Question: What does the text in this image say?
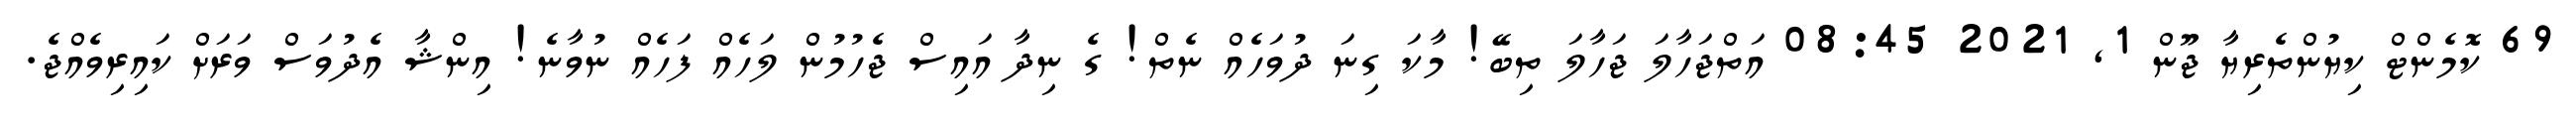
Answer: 69 ކޮމެންޓް ކިޔުންތެރިޔާ ޖޫން 1, 2021 08:45 އަތްޖަހާލަ ޖަހާލަ ތިބޭ! މާކަ ގިނަ ދުވަހެއް ނެތް! ގެ ނިދާ އައިސް ޖެހުމުން ލަހެއް ފަހެއް ނުވާނެ! އިންޝާ އެދުވަސް ވަރަށް ކައިރިވެއްޖެ.